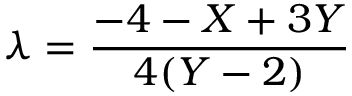
\lambda = \frac { - 4 - X + 3 Y } { 4 ( Y - 2 ) }